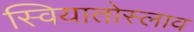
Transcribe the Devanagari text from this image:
स्वियातोस्लाव